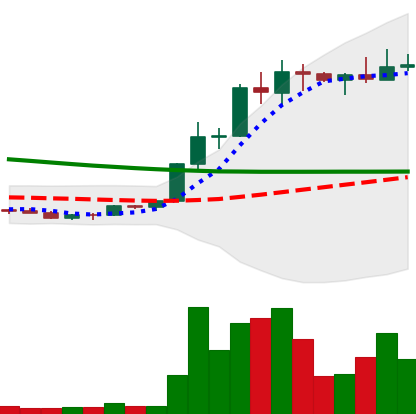
Ticker: ETC-USD
Chart end date: 2022-03-30
Forward return: -5.627%
Label: down_5_7